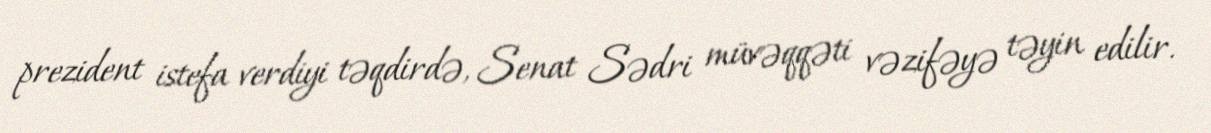
prezident istefa verdiyi təqdirdə, Senat Sədri müvəqqəti vəzifəyə təyin edilir.